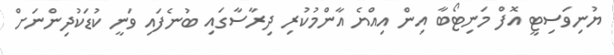
ޔުނިވަސިޓީ އޮފް މަނިޓޯބާ އިން އިއްޔެ އާންމުކުރި ދިރާސާގައި ބުނެފައި ވަނީ ކުޑަކުދިންނަށް